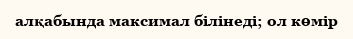
алқабында максимал білінеді; ол көмір